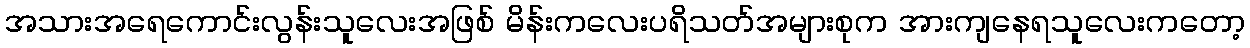
အသားအရေကောင်းလွန်းသူလေးအဖြစ် မိန်းကလေးပရိသတ်အများစုက အားကျနေရသူလေးကတော့